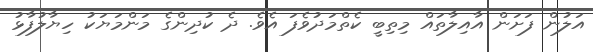
އަލުން ފަށަން އާއިލާތައް މިތިބީ ކެތްމަދުވެފަ އެވެ. ދެ ކުދިންގެ މަންމަޔަކު ހިޔާލުފާޅު